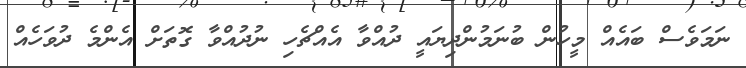
ނަމަވެސް ބައެއް މީހުން ބުނަމުންދިޔައީ ދުއްވާ އެއްޗެހި ނުދުއްވާ ގޮތަށް އެންމެ ދުވަހެއް